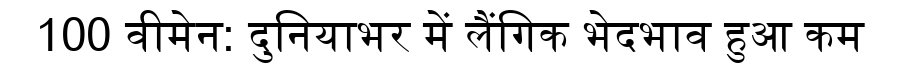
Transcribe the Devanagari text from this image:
100 वीमेन: दुनियाभर में लैंगिक भेदभाव हुआ कम